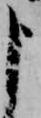
申